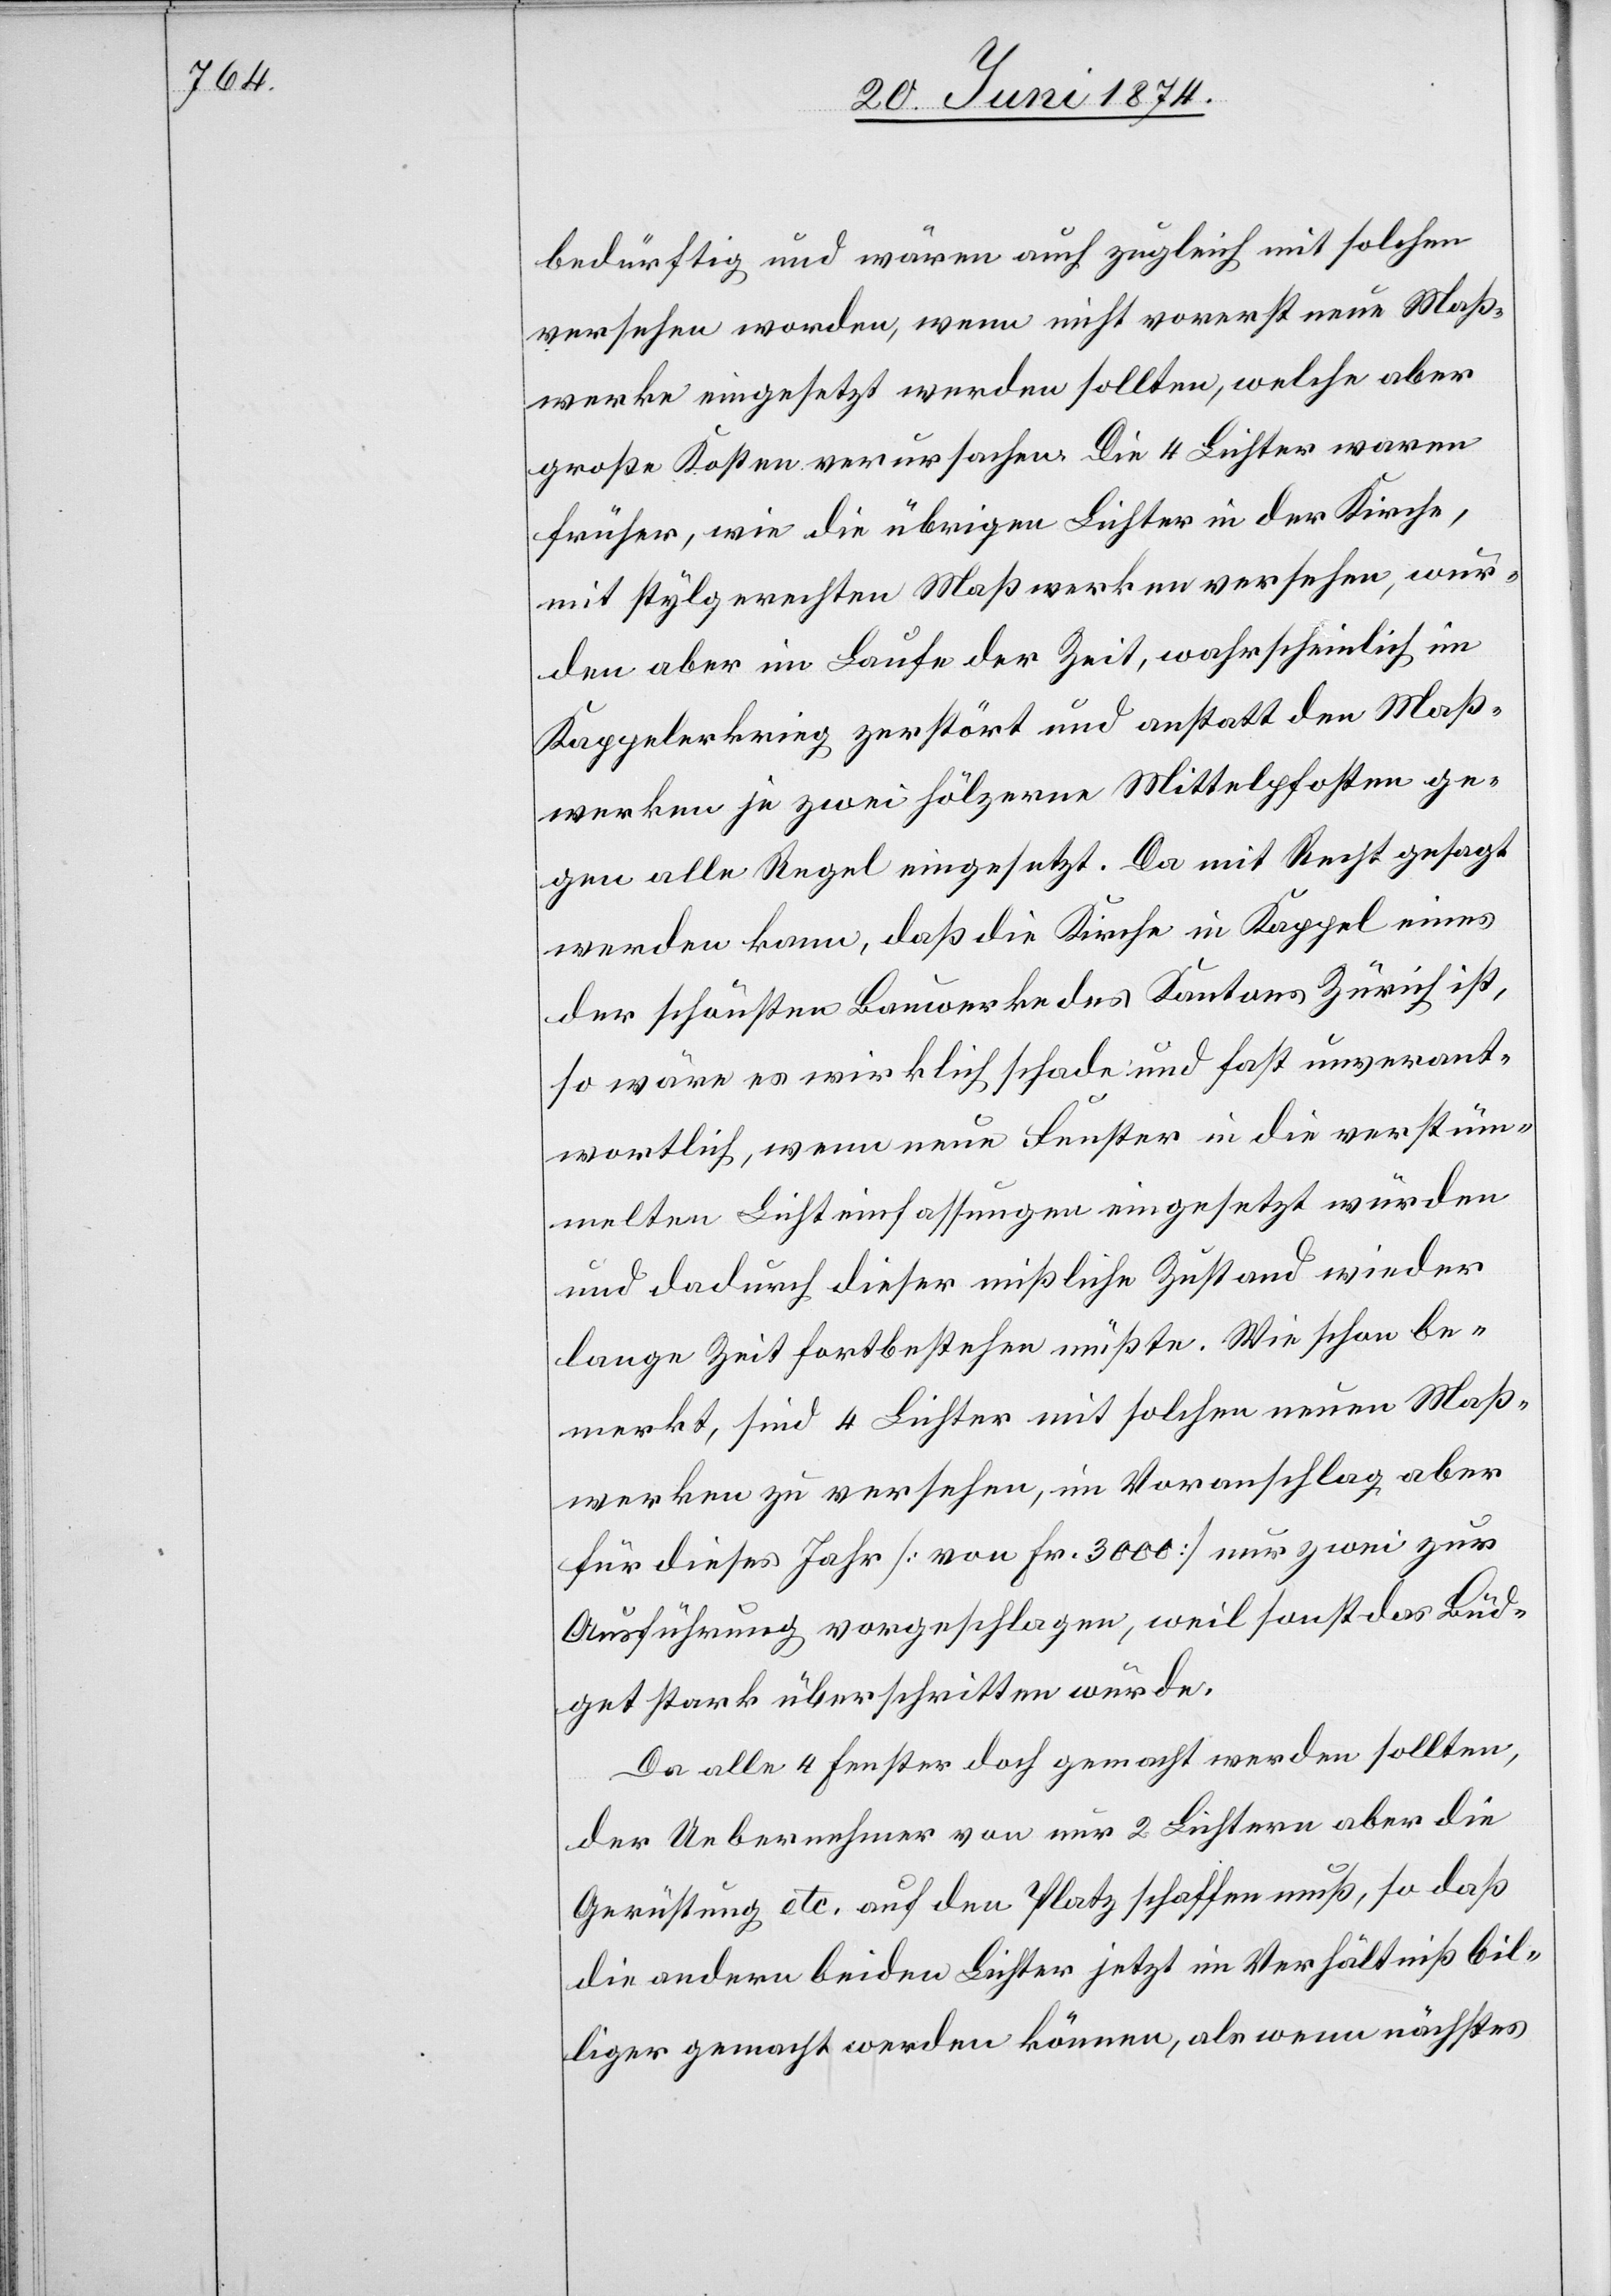
bedürftig und wären auch zugleich mit solchen
versehen worden, wenn nicht vorerst neue Maß¬
werke eingesetzt werden sollten, welche aber
große Kosten verursachen. Die 4 Lichter waren
früher, wie die übrigen Lichter in der Kirche,
mit stylgerechten Maßwerken versehen, wur¬
den aber im Laufe der Zeit, wahrscheinlich im
Kappelerkrieg zerstört und anstatt den Maß¬
werken je zwei hölzerne Mittelpfosten ge¬
gen alle Regel eingesetzt. Da mit Recht gesagt
werden kann, daß die Kirche in Kappel eines
der schönsten Bauwerke des Kantons Zürich ist,
so wäre es wirklich schade und fast unverant¬
wortlich, wenn neue Fenster in die verstüm¬
melten Lichteinfassungen eingesetzt würden
und dadurch dieser mißliche Zustand wieder
lange Zeit fortbestehen müßte. Wie schon be¬
merkt, sind 4 Lichter mit solchen neuen Maß¬
werken zu versehen, im Voranschlag aber
für dieses Jahr [von Fr. 3000] nur zwei zur
Ausführung vorgeschlagen, weil sonst das Büd¬
get stark überschritten würde.
Da alle 4 Fenster doch gemacht werden sollten,
der Uebernehmer von nur 2 Lichtern aber die
Gerüstung etc. auf den Platz schaffen muß, so daß
die andern beiden Lichter jetzt im Verhältniß bil¬
liger gemacht werden können, als wenn nächstes